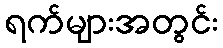
ရက်များအတွင်း